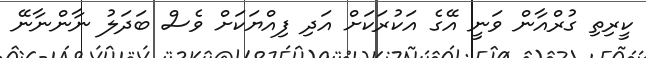
ކީރިތި ގުރްއާން ވަނީ އޭގެ އަކުރަކަށް އަދި ފިއްޔަކަށް ވެސް ބަދަލު ނާންނާނޭ